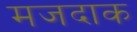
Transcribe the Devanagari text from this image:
मजदाक